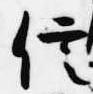
信